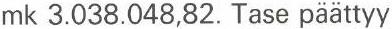
mk 3.038.048,82. Tase päättyy